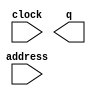
module svm_model_rom_ip_mlab (
	address,
	clock,
	q);

	input	[6:0]  address;
	input	  clock;
	output	[575:0]  q;
`ifndef ALTERA_RESERVED_QIS
// synopsys translate_off
`endif
	tri1	  clock;
`ifndef ALTERA_RESERVED_QIS
// synopsys translate_on
`endif

endmodule